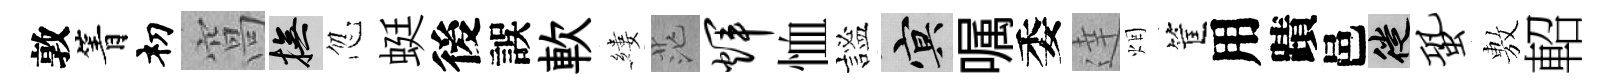
敦箐𥘉窩撫忽蜓後誤軟縷茫辉恤謐冥嘱委達烟筐用蹟邑徙蛩𢾾軺